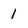
Character: 1